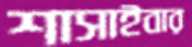
শাসাইবার